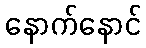
နောက်နောင်